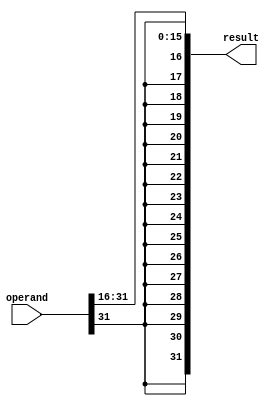
module shiftr16(operand, result);
	input [31:0] operand;
	output [31:0] result;
	
	assign result[15:0] = operand[31:16];
	assign result[31] = operand[31];
	assign result[30] = operand[31];	
	assign result[29] = operand[31];
	assign result[28] = operand[31];	
	assign result[27] = operand[31];
	assign result[26] = operand[31];	
	assign result[25] = operand[31];
	assign result[24] = operand[31];	
	assign result[23] = operand[31];
	assign result[22] = operand[31];	
	assign result[21] = operand[31];
	assign result[20] = operand[31];	
	assign result[19] = operand[31];
	assign result[18] = operand[31];	
	assign result[17] = operand[31];
	assign result[16] = operand[31];	
	
endmodule